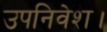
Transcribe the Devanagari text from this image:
उपनिवेश।